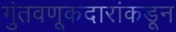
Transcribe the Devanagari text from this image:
गुंतवणूकदारांकडून